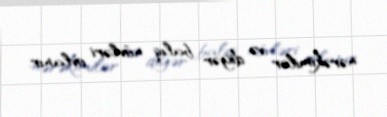
nərəkimilər və digər balıq növləri ovlanır.